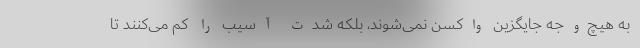
به هیچ‌وجه جایگزین واکسن نمی‌شوند، بلکه شدت آسیب را کم می‌کنند تا